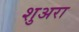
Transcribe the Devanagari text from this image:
शुअरा